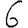
Digit: 6